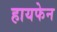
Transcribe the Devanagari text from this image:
हायफेन